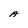
Character: A